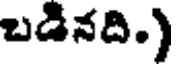
బడినది.)